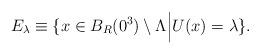
LaTeX: \begin{align*}E_{\lambda}\equiv\{x\in B_R(0^3)\setminus\Lambda\Big| U(x)=\lambda\}.\end{align*}